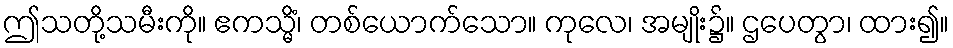
ဤသတို့သမီးကို။ ဧကသ္မိံ၊ တစ်ယောက်သော။ ကုလေ၊ အမျိုး၌။ ဌပေတွာ၊ ထား၍။